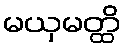
မယှမတ္ထိ